Civil Veterinary Department Bengal reports 1933-51 - 1933-1951
Year: 1933
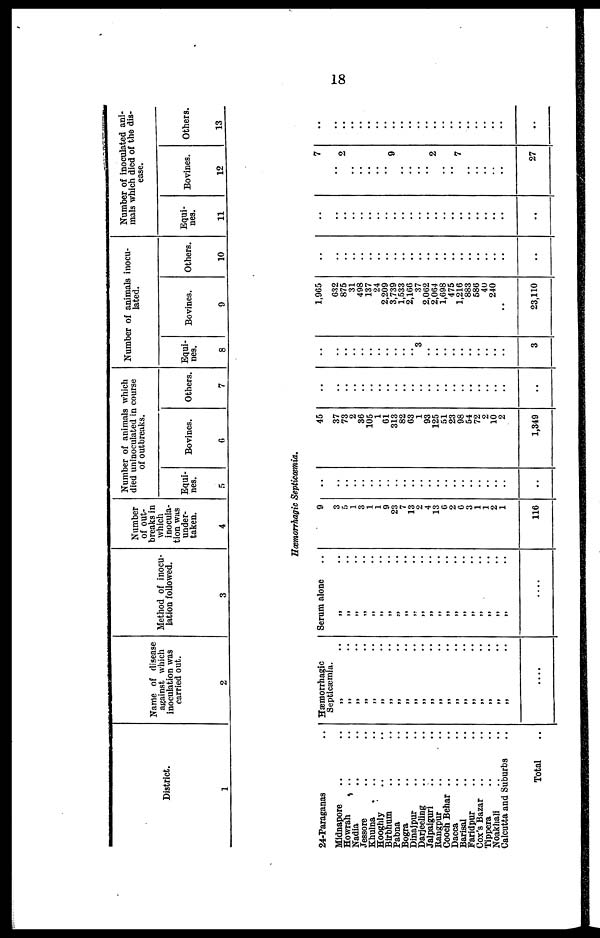
18
District.
1
Name of disease
against which
inoculation was
carried out.
2
Method of inocu
lation followed.
3
Number
of out-
breaks in
which
inocula-
tion was
under-
taken.
4
Number of animals which
died uninoculated in course
of outbreaks.
Equi-
nes.
5
Bovines.
6
Others.
7
Number of animals inocu-
lated.
Equi-
nes.
8
Bovines.
9
Others.
10
Number of inoculated ani-
mals which died of the dis-
ease.
Equi-
nes.
11
Bovines.
12
Others.
13
Hæmorrhagic Septicæmia.
24-Paraganas ..
Midnapore .. ..
Howrah .. ..
Nadia .. ..
Jessore .. ..
Khulna .. ..
Hooghly .. ..
Birbhum .. ..
Pabna .. ..
Bogra .. ..
Dinajpur .. ..
Darjeeling .. ..
Jalpaiguri .. ..
Rangpur
.. ..
Cooch Behar .. ..
Dacca
Barisal .. ..
Faridpur .. ..
Cox's Bazar .. ..
Tippera .. ..
Noakhali .. ..
Calcutta and Suburbs ..
Total ..
Hæmorrhagic
Septicæmia.
„ ..
„ ..
„ ..
„ ..
„ ..
„ ..
„ ..
„ ..
„ .. „ ..
„ ..
„ ..
„ ..
„ ..
„ ..
„ .. „ ..
„ ..
„ ..
„ .. „ ..
....
Serum alone ..
„ ..
„ ..
„ ..
„ ..
„ ..
„ ..
„ ..
„ ..
„ ..
„ ..
„ ..
„ ..
„ ..
„ ..
„ ..
„ ..
„ ..
„ ..
„ ..
„ ..
„ ..
....
9
3
5
1
3
1
1
9
23
7
13
2
4
13
6
2
6
3
1
1
2
1
116
..
..
..
..
..
..
..
..
..
..
..
..
..
..
..
..
..
..
..
..
..
..
..
45
37
73
2
36
105
1
61
313
82
63
1
93
125
51
23
98
54
72
2
10
2
1,349
..
..
..
..
..
..
..
..
..
..
..
..
..
..
..
..
..
..
..
..
..
..
..
..
..
..
..
..
..
..
..
..
..
..
3
..
..
..
..
..
..
..
..
..
..
3
1,965
632
875
31
498
137
24
2,209
3,739
1,533
2,166
37
2,062
2,064
1,698
475
1,216
883
586
40
240
..
23,110
..
..
..
..
..
..
..
..
..
..
..
..
..
..
..
..
..
..
..
..
..
..
..
..
..
..
..
..
..
..
..
..
..
..
..
..
..
..
..
..
..
..
..
..
..
..
7
2
..
..
..
..
..
9
..
..
..
..
2
..
..
7
..
..
..
..
..
27
..
..
..
..
..
..
..
..
..
..
..
..
..
..
..
..
..
..
..
..
..
..
..